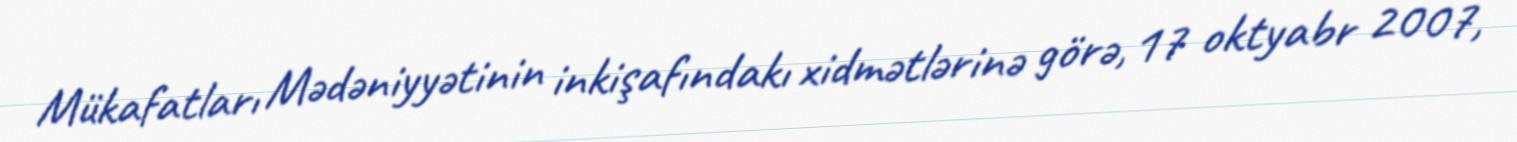
Mükafatları Mədəniyyətinin inkişafındakı xidmətlərinə görə, 17 oktyabr 2007,